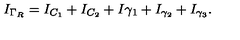
I _ { \Gamma _ { R } } = I _ { C _ { 1 } } + I _ { C _ { 2 } } + I { \gamma _ { 1 } } + I _ { \gamma _ { 2 } } + I _ { \gamma _ { 3 } } .